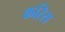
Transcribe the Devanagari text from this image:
करिस